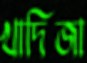
খাদিজা